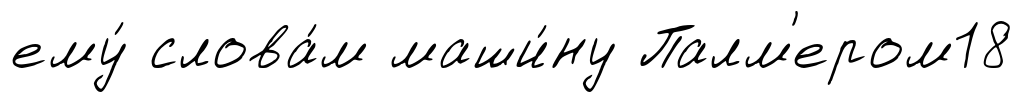
ему́ слова́м маши́ну Палм'ером18